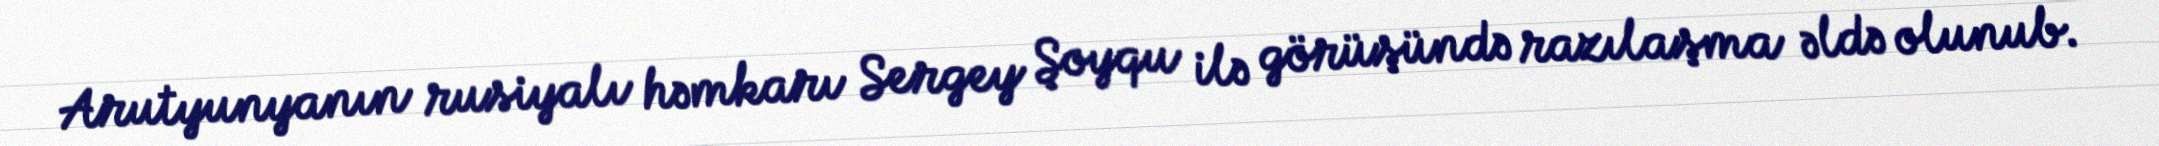
Arutyunyanın rusiyalı həmkarı Sergey Şoyqu ilə görüşündə razılaşma əldə olunub.